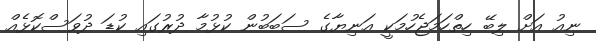
ނިއު އަށް ލިބޭ ހިތްހަމަޖެހުމަކީ އަނިޔާގެ ސަބަބުން ކުޅުމާ ދުރުގައި ކުޑަ ދުވަސްކޮޅެއް